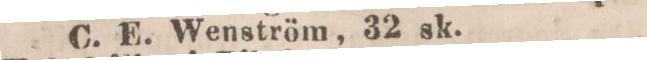
C. E. Wenström, 32 sk.